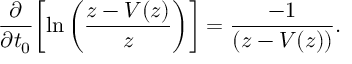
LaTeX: \frac { \partial } { \partial t _ { 0 } } \biggl [ \ln \left( \frac { z - V ( z ) } { z } \right) \biggr ] = \frac { - 1 } { \left( z - V ( z ) \right) } .